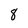
Character: 8